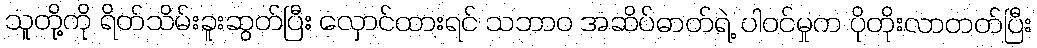
သူတို့ကို ရိတ်သိမ်းခူးဆွတ်ပြီး လှောင်ထားရင် သဘာဝ အဆိပ်ဓာတ်ရဲ့ ပါဝင်မှုက ပိုတိုးလာတတ်ပြီး